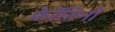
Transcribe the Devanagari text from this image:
फेरेंतिनो